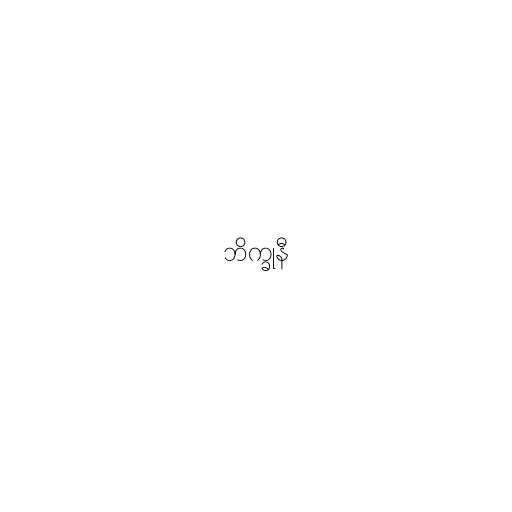
ဘိက္ခုနီ